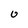
Character: U